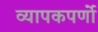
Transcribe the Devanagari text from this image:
व्यापकपर्णो